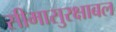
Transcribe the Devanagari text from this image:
सीमासुरक्षाबल